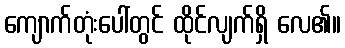
ကျောက်တုံးပေါ်တွင် ထိုင်လျက်ရှိ လေ၏။